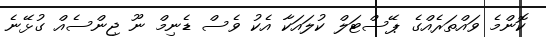
ކޮންމެ ވައްތަރެއްގެ ޕޭސްޓަލް ކުލައަކާ އެކު ވެސް ޑެނިމް ނޫ ޖިންސެއް ގުޅޭނެ